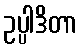
ဥပ္ပါဒိတာ